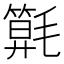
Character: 𣰖